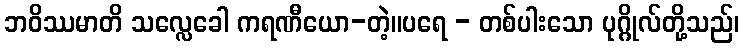
ဘဝိဿမာတိ သလ္လေခေါ ကရဏီယော-တဲ့။ပရေ - တစ်ပါးသော ပုဂ္ဂိုလ်တို့သည်၊